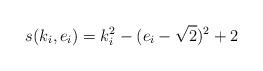
LaTeX: \begin{align*}s (k_i,e_i)=k_i^2 -(e_i - \sqrt{2})^2 + 2\end{align*}